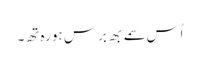
اُس سمے بھِ برِس ہو رہِ تھِ۔